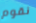
نقوم